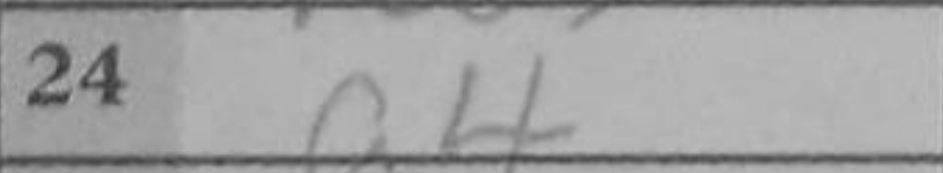
Transcription: a4